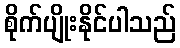
စိုက်ပျိုးနိုင်ပါသည်